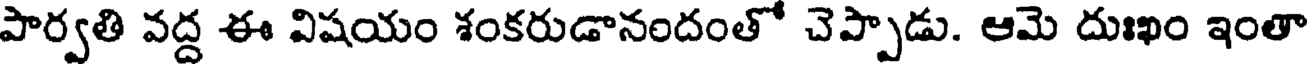
పార్వతి వద్ద ఈ విషయం శంకరుడానందంతో చెప్పాడు. ఆమె దుఃఖం ఇంతా